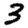
Digit: 3